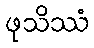
ဖုသိဿံ